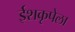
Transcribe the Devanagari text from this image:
ईशकृपेला